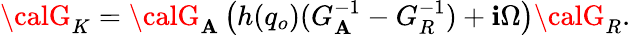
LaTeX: {\calG}_{K}={\calG}_{\mathbf{A}}\left(h(q_{o})(G_{\mathbf{A}}^{-1}-G_{R}^{-1})+\mathbf{i}\Omega\right){\calG}_{R}.